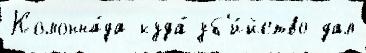
Колонна́да куда́ уб'и́йство дал